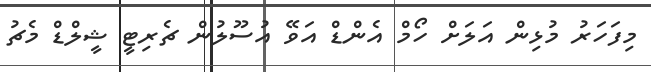
މިފަހަރު މުޅިން އަލަށް ހޯމް އެންޑް އަވޭ އުސޫލުން ޗެރިޓީ ޝީލްޑް މެޗު